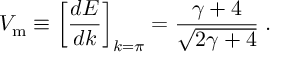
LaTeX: V _ { \mathrm { m } } \equiv \left[ { \frac { d E } { d k } } \right] _ { k = \pi } = { \frac { \gamma + 4 } { \sqrt { 2 \gamma + 4 } } } \; .